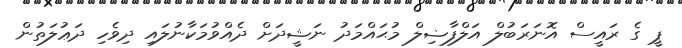
ޕީ ގެ ރައީސް އޮނަރަބުލް އަލްފާޟިލް މުޙައްމަދު ނަޝީދަށް ދެއްވުމަކާނުލައި ދިވެހި ދަޢުލަތުން